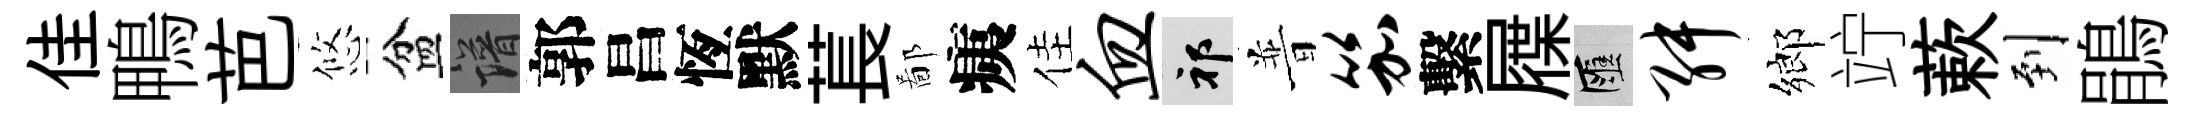
佳鴨芭悠盆譜郭昌恆默萇鄙痍佳血祁普笳繫屧匯舛鄉竚蔌到鵑